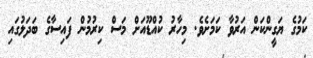
ކަމުގެ ޔަގީންކަން އަރުވާ ކަމަށެވެ. މިހާރު ކުއްޑޫއަށް މަސް ކިރުމުން ފައިސާގެ ބަދަލުގައި